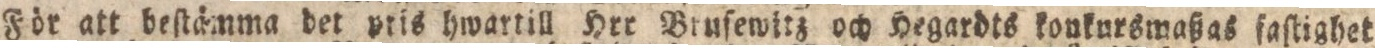
För att beſtämma det pris hwartill Hrr Brusewitz och Hegardts konkursmaßas faſtighet